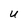
Character: U